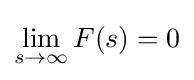
\lim _{s\to \infty }F(s)=0